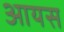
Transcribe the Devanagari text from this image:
आयस